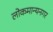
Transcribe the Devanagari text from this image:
लोकमान्यनगर